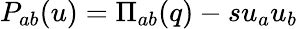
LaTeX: P_{ab}(u)=\Pi_{ab}(q)-su_{a}u_{b}